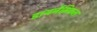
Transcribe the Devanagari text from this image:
डायनैमिकल